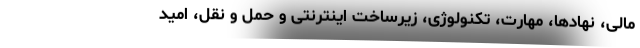
مالی، نهادها، مهارت، تکنولوژی، زیرساخت اینترنتی و حمل و نقل، امید